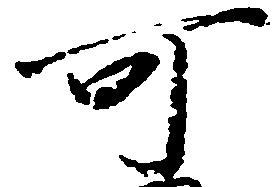
可